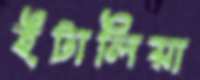
ইটালিয়া